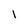
Character: l